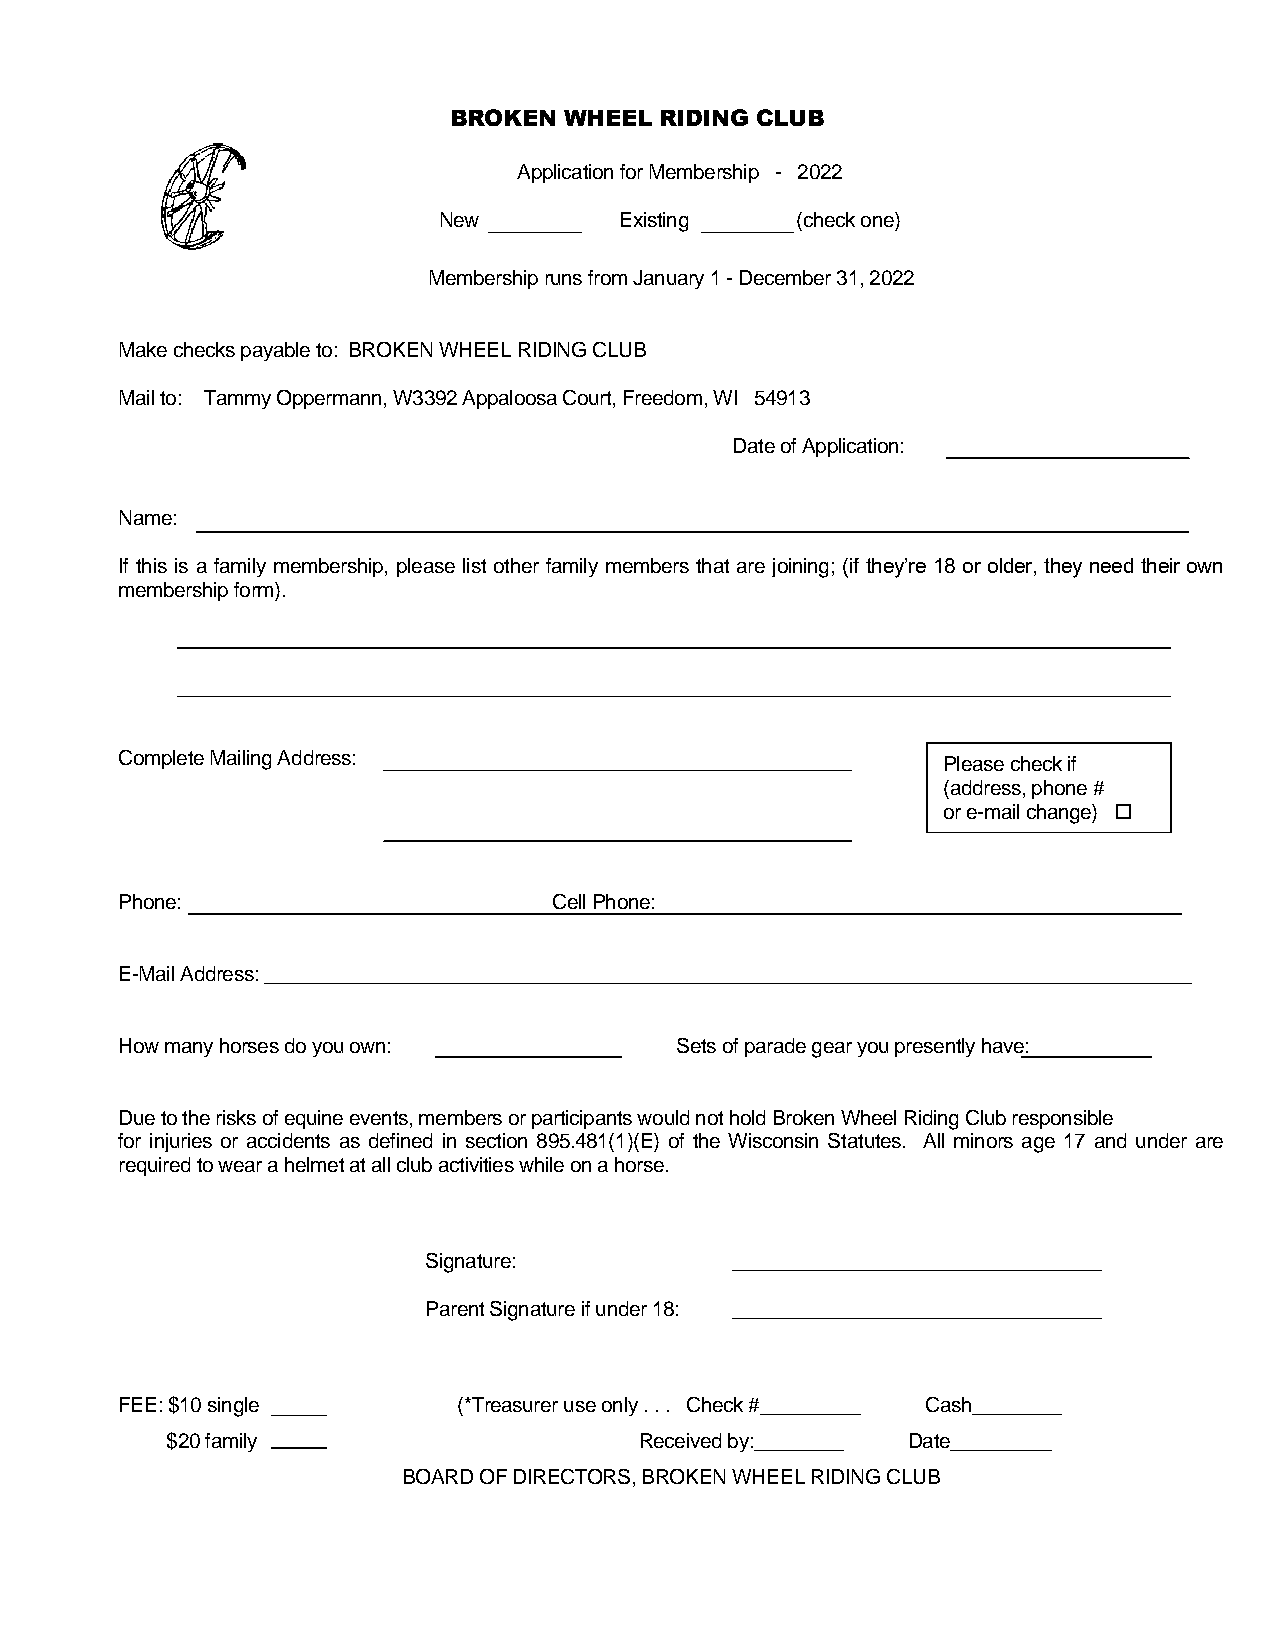
BROKEN WHEEL  RIDING CLUB
 Application for Membership - 2022
 New         Existing    (check one)
 Membership runs from January 1 - December 31, 2022
 Make checks payable to: BROKEN WHEEL RIDING CLUB
 Mail to: Tammy Oppermann, W3392 Appaloosa Court, Freedom, WI 54913
 Date of Application:
 Name:
 If this is a family membership, please list other family members that are joining; (if they’re 18 or older, they need their own
 membership form).
 Complete Mailing Address:                             Please check if
 (address, phone #
 or e-mail change) 
 Phone:                       Cell Phone:
 E-Mail Address: ___________________________________________________________________________________
 How many horses do you own:          Sets of parade gear you presently have:
 Due to the risks of equine events, members or participants would not hold Broken Wheel Riding Club responsible
 for injuries or accidents as defined in section 895.481(1)(E) of the Wisconsin Statutes. All minors age 17 and under are
 required to wear a helmet at all club activities while on a horse.
 Signature:          _________________________________
 Parent Signature if under 18: _________________________________
 FEE: $10 single       (*Treasurer use only . . . Check #_________ Cash________
 $20 family                     Received by:________ Date_________
 BOARD OF DIRECTORS, BROKEN WHEEL RIDING CLUB